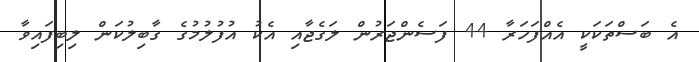
އެ ބަސްތަކަކީ އެއްފަހަރާ 44 ފަސެންޖަރުން ލަގެޖާއި އެކު އުފުލުމުގެ ގާބިލުކަން ލިބިފައިވާ